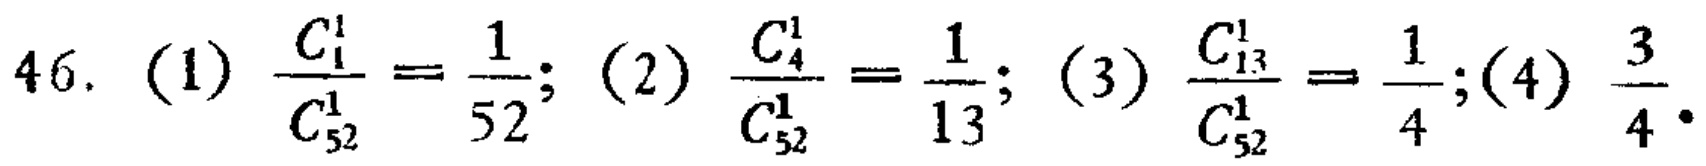
46. (1) $\frac{C_{1}^{1}}{C_{52}^{1}}=\frac{1}{52}$; (2) $\frac{C_{4}^{1}}{C_{52}^{1}}=\frac{1}{13}$; (3) $\frac{C_{13}^{1}}{C_{52}^{1}}=\frac{1}{4}$; (4) $\frac{3}{4}$.